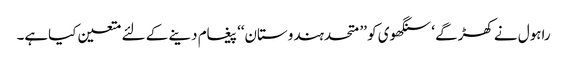
راہول نے کھڑگے ‘ سنگھوی کو ’’ متحدہندوستان‘‘ پیغام دینے کے لئے متعین کیاہے۔